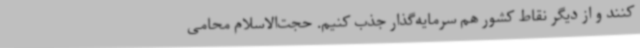
کنند و از دیگر نقاط کشور هم سرمایه‌گذار جذب کنیم. حجت‌الاسلام محامی